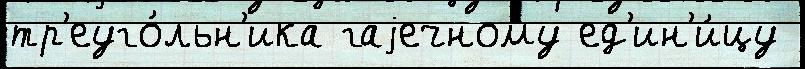
тр'еуго́льн'ика гаjечному ед'ин'и́цу